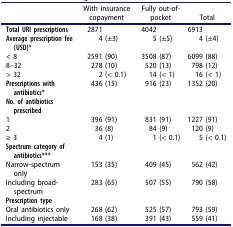
<table><thead><tr><td><b> </b></td><td><b>With insurance copayment</b></td><td><b>Fully out-of-pocket</b></td><td><b>Total</b></td></tr></thead><tbody><tr><td><b>Total URI prescriptions</b></td><td>2871</td><td>4042</td><td>6913</td></tr><tr><td><b>Average prescription fee (USD)*</b></td><td>4 (±3)</td><td>5 (±5)</td><td>4 (±4)</td></tr><tr><td>&lt; 8</td><td>2591 (90)</td><td>3508 (87)</td><td>6099 (88)</td></tr><tr><td>8–32</td><td>278 (10)</td><td>520 (13)</td><td>798 (12)</td></tr><tr><td>&gt; 32</td><td>2 (&lt; 0.1)</td><td>14 (&lt; 1)</td><td>16 (&lt; 1)</td></tr><tr><td><b>Prescriptions with antibiotics*</b></td><td>436 (15)</td><td>916 (23)</td><td>1352 (20)</td></tr><tr><td><b>No. of antibiotics prescribed</b></td><td> </td><td> </td><td> </td></tr><tr><td>1</td><td>396 (91)</td><td>831 (91)</td><td>1227 (91)</td></tr><tr><td>2</td><td>36 (8)</td><td>84 (9)</td><td>120 (9)</td></tr><tr><td>≥ 3</td><td>4 (1)</td><td>1 (&lt; 0.1)</td><td>5 (&lt; 0.1)</td></tr><tr><td><b>Spectrum category of antibiotics***</b></td><td> </td><td> </td><td> </td></tr><tr><td>Narrow-spectrum only</td><td>153 (35)</td><td>409 (45)</td><td>562 (42)</td></tr><tr><td>Including broad-spectrum</td><td>283 (65)</td><td>507 (55)</td><td>790 (58)</td></tr><tr><td><b>Prescription type</b></td><td> </td><td> </td><td> </td></tr><tr><td>Oral antibiotics only</td><td>268 (62)</td><td>525 (57)</td><td>793 (59)</td></tr><tr><td>Including injectable</td><td>168 (38)</td><td>391 (43)</td><td>559 (41)</td></tr></tbody></table>